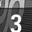
Digit: 3